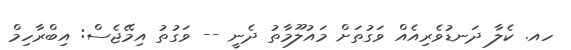
ހއ. ކެލާ ދަނޑުވެރިއެއް ވަގުތަށް މައުލޫމާތު ދެނީ -- ވަގުތު އިމޭޖެސް: އިބްރާހިމް